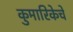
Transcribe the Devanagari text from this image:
कुमारिकेचे